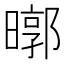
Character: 㬑